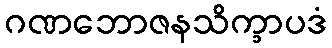
ဂဏဘောဇနသိက္ခာပဒံ